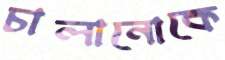
চালানোকে